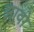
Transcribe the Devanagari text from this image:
झावो